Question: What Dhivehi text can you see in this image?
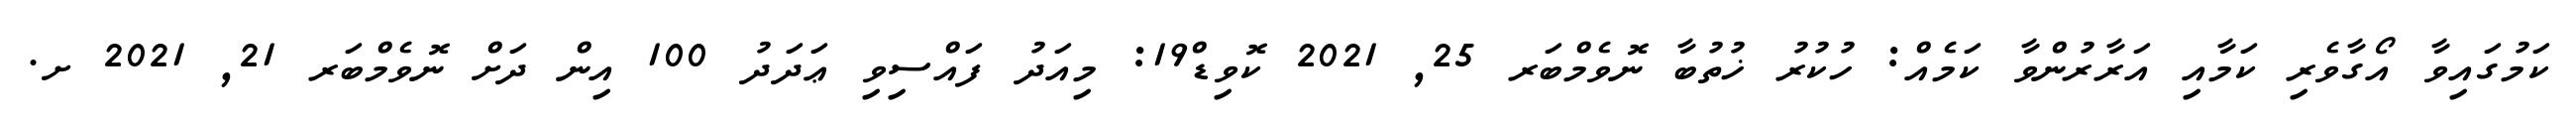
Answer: ކަމުގައިވާ އޯގާވެރި ކަމާއި އަރާރުންވާ ކަމެއް: ހުކުރު ޚުތުބާ ނޮވެމްބަރ 25, 2021 ކޮވިޑް19: މިއަދު ފައްސިވި ޢަދަދު 100 އިން ދަށް ނޮވެމްބަރ 21, 2021 ށ.